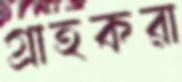
গ্রাহকরা